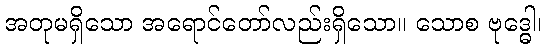
အတုမရှိသော အရောင်တော်လည်းရှိသော။ သောစ ဗုဒ္ဓေါ၊